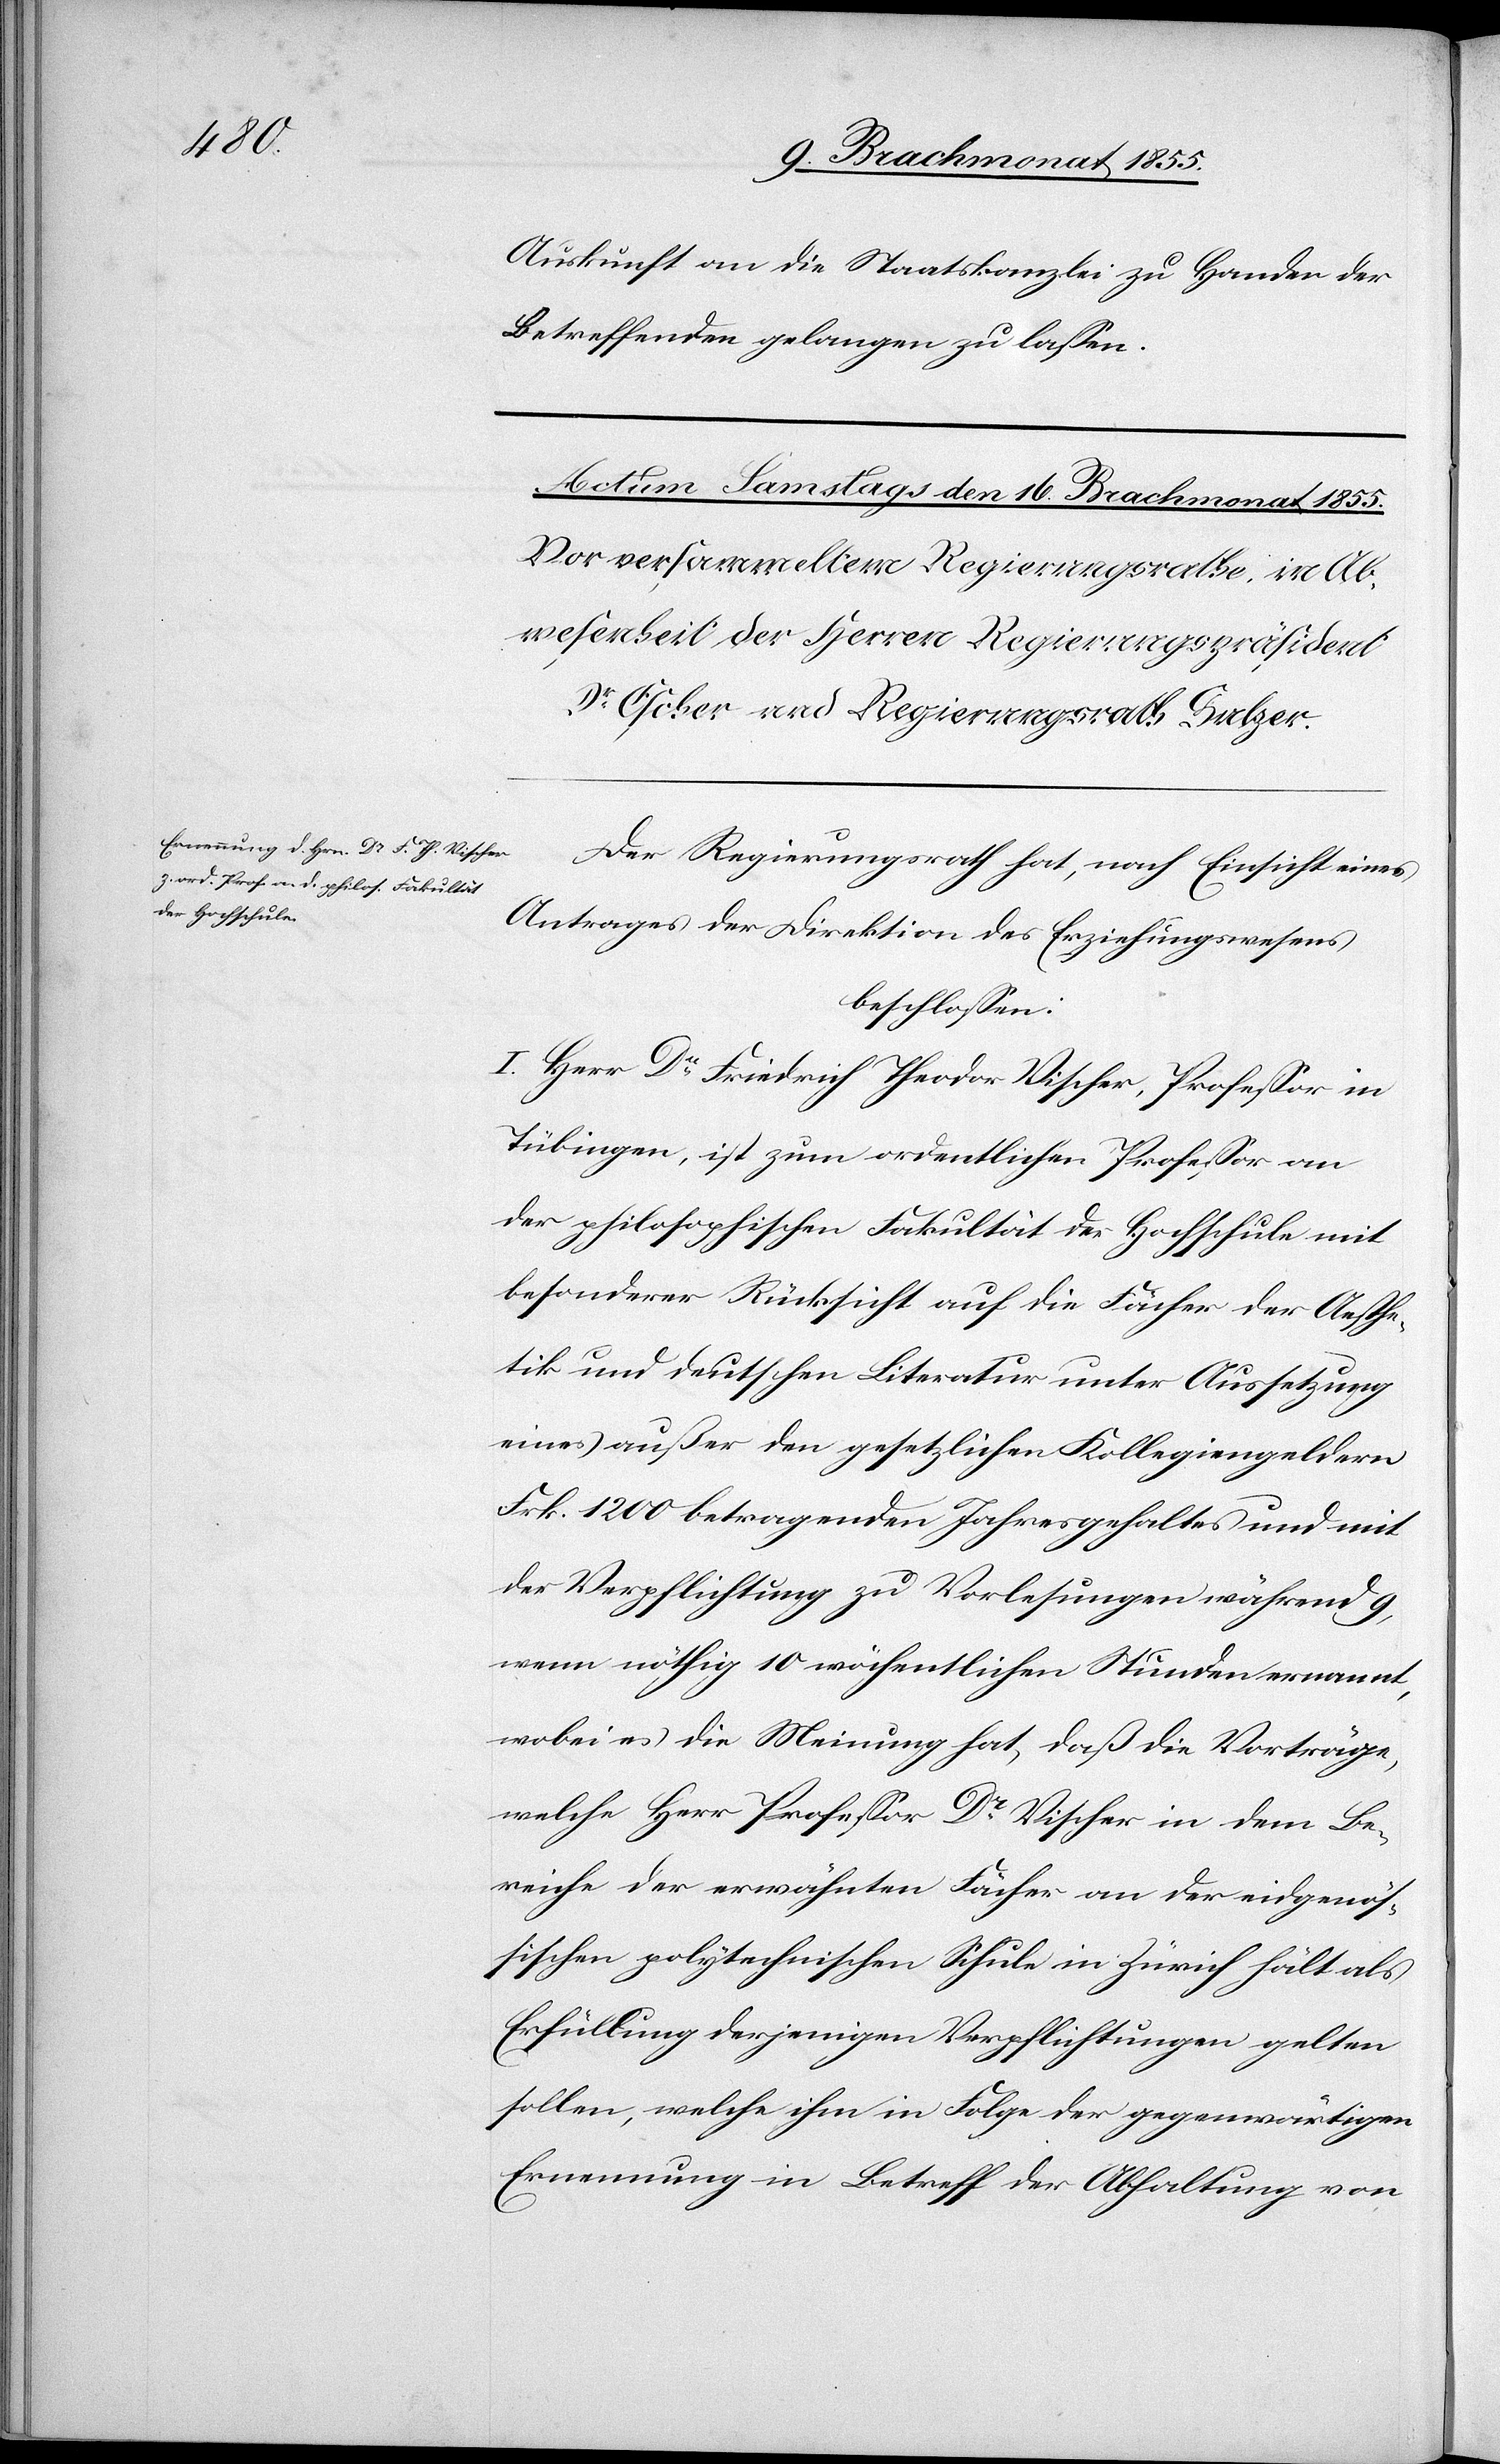
Auskunft an die Staatskanzlei zu Handen der
Betreffenden gelangen zu lassen.
Der Regierungsrath hat, nach Einsicht eines
Antrages der Direktion des Erziehungswesens
beschlossen:
I. Herr Dr Friedrich Theodor Vischer, Professor in
Tübingen, ist zum ordentlichen Professor an
der philosophischen Fakultät der Hochschule mit
besonderer Rücksicht auf die Fächer der Aesthe¬
tik und deutschen Literatur unter Aussetzung
eines außer den gesetzlichen Kollegiengeldern
Frk. 1200 betragenden Jahresgehaltes und mit
der Verpflichtung zu Vorlesungen während 9,
wenn nöthig 10 wöchentlichen Stunden ernannt,
wobei es die Meinung hat, daß die Vorträge,
welche Herr Professor Dr Vischer in dem Be¬
reiche der erwähnten Fächer an der eidgenös¬
sischen polytechnischen Schule in Zürich hält als
Erfüllung derjenigen Verpflichtungen gelten
sollen, welche ihm in Folge der gegenwärtigen
Ernennung in Betreff der Abhaltung von